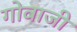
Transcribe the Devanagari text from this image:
गोवाजी